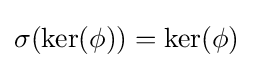
\sigma (\ker(\phi ))=\ker(\phi )